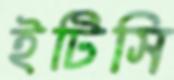
ইটিসি